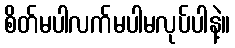
စိတ်မပါလက်မပါမလုပ်ပါနဲ့။